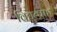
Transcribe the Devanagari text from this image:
विद्युत्प्राह